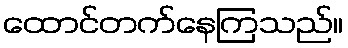
ထောင်တက်နေကြသည်။